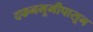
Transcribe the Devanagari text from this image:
दफनभूमीपासून